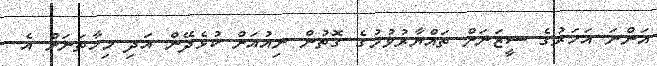
އަންނަ އަހަރުގެ ސީޒަނަށް ތައްޔާރުވުމުގެ ގޮތުން ނިއުއަށް ކުޅެދޭން އަދި މިހާތަނަށް އެ